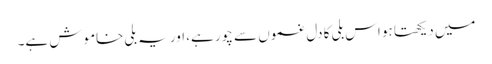
میں دیکھتا ہو اس بلی کا دل غموں سے چور ہے، اور یہ بلی خاموش ہے۔